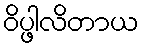
ဝိပ္ဖါလိတာယ